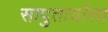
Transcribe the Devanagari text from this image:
सापुतार्याला